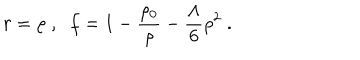
r = \rho \; , \; \; f = 1 - \frac { \rho _ { 0 } } { \rho } - \frac { \Lambda } { 6 } \rho ^ { 2 } \; .